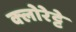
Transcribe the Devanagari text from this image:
क्‍लोरेट्टे